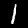
Label: 1